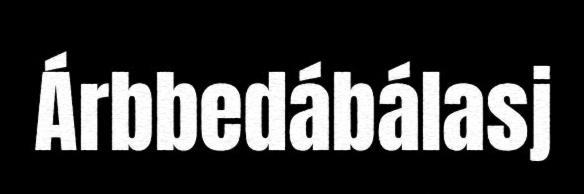
Árbbedábálasj